system: You are a helpful assistant.
user:
Analyze the provided spectrum to determine if it is a **Carbon Star (C-type)**.

- **Key Visual Indicators of Carbon Star:**
    - **(Primary):** Strong molecular absorption from **C₂ (diatomic carbon) "Swan Bands."** This is the **defining feature** of a carbon star.
        - **(Key Bandheads):** Sharp absorption edges are visible at approximately $5635$ Å, $5165$ Å (the strongest band), and $4737$ Å.
        - **(Line Profile):** Creates a distinct **"saw-tooth"** pattern. The key morphology is a sharp, steep bandhead on the **red (long-wavelength) side**, which then gradually tapers off (i.e., flux recovers) towards the **blue (short-wavelength) side**. *(This is the direct opposite of the TiO bands seen in M-type stars)*.

    - **(Secondary):** Intense **CN (cyanogen)** molecular absorption bands.
        - **(Key Bandheads):** Located in the blue and violet regions of the spectrum (e.g., near $4215$ Å and $3883$ Å).
        - **(Morphology):** These bands are extremely broad and act as a "blanket," absorbing the vast majority of blue and violet light. This creates a characteristic **"cliff"** or **"steep drop-off"** in the spectrum's flux at short wavelengths.

    - **(Key Confirmation):** Strong **CH absorption band (G-band)**.
        - **(Key Bandhead):** Located around $4300$ Å. The contribution from CH molecules to this band is exceptionally strong.

    - **(Overall Spectrum):**
        - The continuum is severely "chopped up" by these deep molecular bands, especially C₂, rather than appearing as a smooth curve.
        - Due to the heavy CN and C₂ absorption in the blue-green, the vast majority of the star's flux is concentrated in the red part of the spectrum, giving the star its characteristic deep red color.

Think first, call **spectral_visualization_tool** if needed to examine features in detail, then provide your final answer. Your response must adhere to the following strict rules:
1.  **Overall Structure:** Your response must follow the format `<think>...</think> <tool_call>...</tool_call> (if a tool is used) <answer>...</answer>`.
2.  **Tool Usage Constraint:** You may only make **one** tool call per turn.
3.  **Final Answer Format:** In the `<answer>` tag, your conclusion must be inside a `\boxed{}` command (e.g., `\boxed{YES}`), followed by your justification.

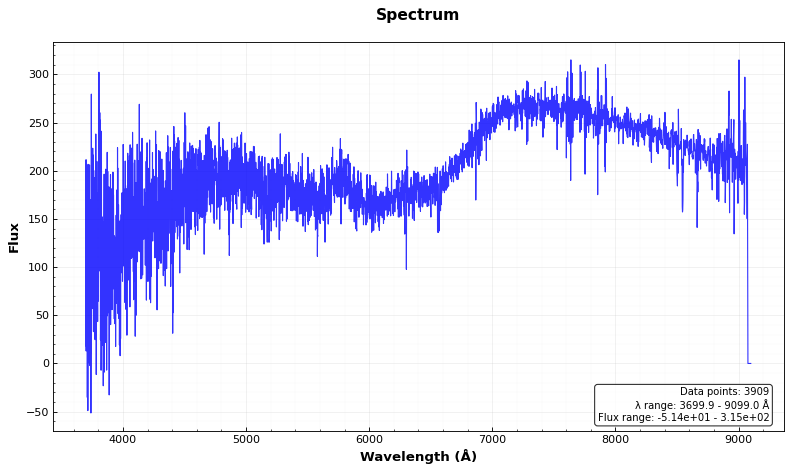
Answer: NO